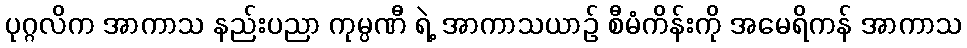
ပုဂ္ဂလိက အာကာသ နည်းပညာ ကုမ္ပဏီ ရဲ့ အာကာသယာဉ် စီမံကိန်းကို အမေရိကန် အာကာသ